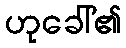
ဟုခေါ်၏